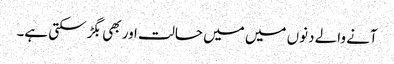
آنے والے دنوں میں میں حالت اور بھی بگڑ سکتی ہے۔